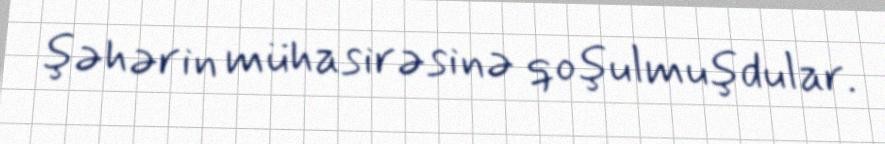
şəhərin mühasirəsinə qoşulmuşdular.